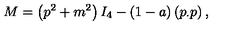
M = \left( p ^ { 2 } + m ^ { 2 } \right) I _ { 4 } - ( 1 - a ) \left( p _ { \cdot } p \right) ,